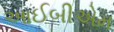
આઈબીએમ